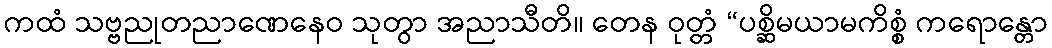
ကထံ သဗ္ဗညုတညာဏေနေဝ သုတွာ အညာသီတိ။ တေန ဝုတ္တံ “ပစ္ဆိမယာမကိစ္စံ ကရောန္တော